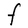
Character: F